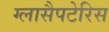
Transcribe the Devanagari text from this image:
ग्लासैपटेरिस